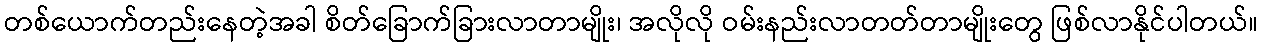
တစ်ယောက်တည်းနေတဲ့အခါ စိတ်ခြောက်ခြားလာတာမျိုး၊ အလိုလို ဝမ်းနည်းလာတတ်တာမျိုးတွေ ဖြစ်လာနိုင်ပါတယ်။